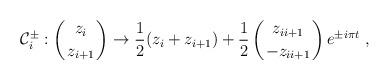
LaTeX: \begin{align*}{\cal C}^\pm_i:\left({z_i\atop z_{i+1}}\right)\to {1\over2}(z_i+z_{i+1})+{1\over2}\left({z_{ii+1}\atop -z_{ii+1}}\right) e^{\pm i\pi t} \ ,\end{align*}